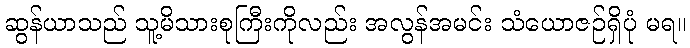
ဆွန်ယာသည် သူ့မိသားစုကြီးကိုလည်း အလွန်အမင်း သံယောဇဉ်ရှိပုံ မရ။